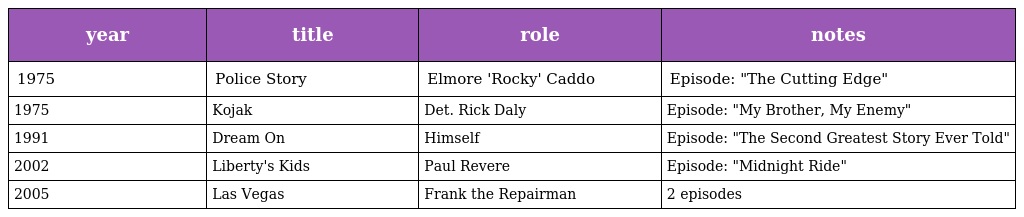
| year | title | role | notes |
 | --- | --- | --- | --- |
 | 1975 | Police Story | Elmore 'Rocky' Caddo | Episode: "The Cutting Edge" |
 | 1975 | Kojak | Det. Rick Daly | Episode: "My Brother, My Enemy" |
 | 1991 | Dream On | Himself | Episode: "The Second Greatest Story Ever Told" |
 | 2002 | Liberty's Kids | Paul Revere | Episode: "Midnight Ride" |
 | 2005 | Las Vegas | Frank the Repairman | 2 episodes |